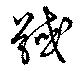
馘